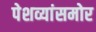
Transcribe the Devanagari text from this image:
पेशव्यांसमोर